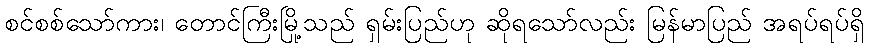
စင်စစ်သော်ကား၊ တောင်ကြီးမြို့သည် ရှမ်းပြည်ဟု ဆိုရသော်လည်း မြန်မာပြည် အရပ်ရပ်ရှိ